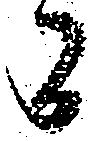
間